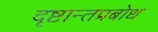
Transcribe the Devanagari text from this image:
दृष्टान्तप्रबोध